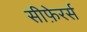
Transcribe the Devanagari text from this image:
सीफ़ेरर्स